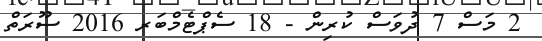
2 މަސް 7 ދުވަސް ކުރިން - 18 ސެޕްޓެމްބަރ 2016 ސޫރަތް